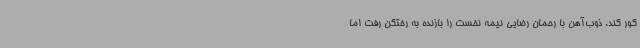
کور کند. ذوب‌آهن با رحمان رضایی نیمه نخست را بازنده به رختکن رفت اما